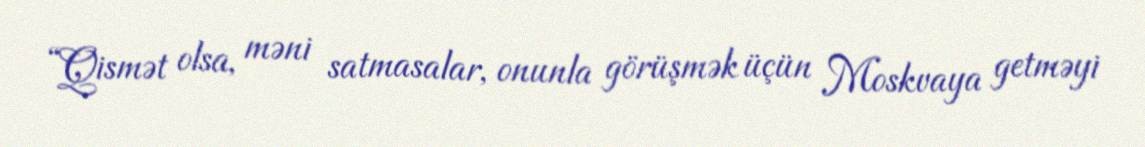
“Qismət olsa, məni satmasalar, onunla görüşmək üçün Moskvaya getməyi